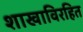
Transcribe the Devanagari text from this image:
शाखाविरहित